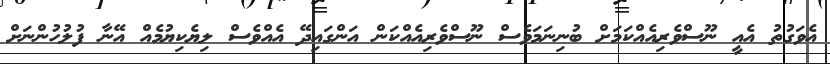
އެވަގުތު އެއީ ނޫސްވެރިއެއްކަމަށް ބުނިނަމަވެސް ނޫސްވެރިއެއްކަން އަންގައިދޭ އެއްވެސް ލިޔެކިޔުމެއް އޭނާ ފުލުހުންނަށް